Document type: Sale
Year: 1439
Scribe: Arnau d'Illes
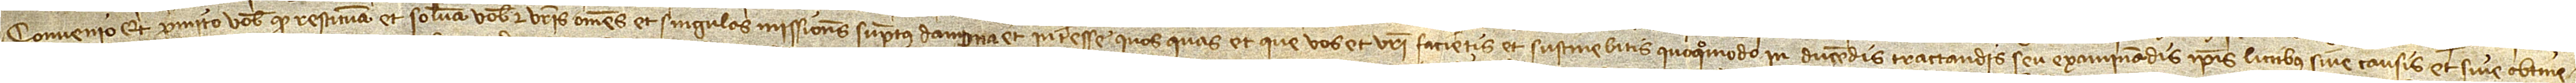
convenio et promitto vobis quod restituam et solvam vobis et vestris omnes et singulas missiones, sumptus, dampna et interesse quos, quas et que vos et vestri facietis et sustinebitis quoquomodo in ducendis, tractandis seu examinandis ipsis littibus sive causis et sive obtine-